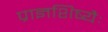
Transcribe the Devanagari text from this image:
प्राज्ञशिष्यैः